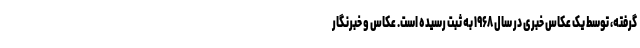
گرفته، توسط یک عکاس خبری در سال ۱۹۶۸ به ثبت رسیده است. عکاس و خبرنگار